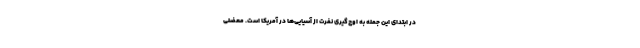
در ابتدای این جمله به اوج‌گیری نفرت از آسیایی‌ها در آمریکا است. معضلی